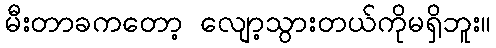
မီးတာခကတော့ လျော့သွားတယ်ကိုမရှိဘူး။